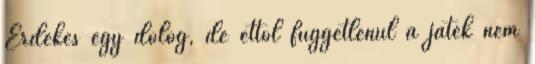
Érdekes egy dolog, de ettől függetlenül a játék nem